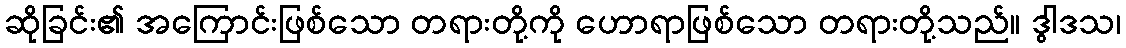
ဆိုခြင်း၏ အကြောင်းဖြစ်သော တရားတို့ကို ဟောရာဖြစ်သော တရားတို့သည်။ ဒွါဒသ၊